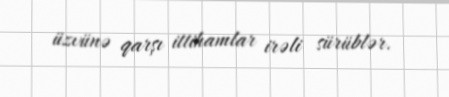
üzvünə qarşı ittihamlar irəli sürüblər.